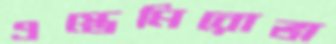
এস্তেমিরোভা